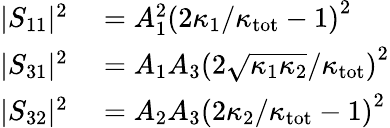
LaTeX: \begin{array}{rl}{\lvert S_{11}\rvert^{2}}&{{}=A_{1}^{2}\left(2\kappa_{1}/\kappa_{\mathrm{tot}}-1\right)^{2}}\\ {\lvert S_{31}\rvert^{2}}&{{}=A_{1}A_{3}\left(2\sqrt{\kappa_{1}\kappa_{2}}/\kappa_{\mathrm{tot}}\right)^{2}}\\ {\lvert S_{32}\rvert^{2}}&{{}=A_{2}A_{3}\left(2\kappa_{2}/\kappa_{\mathrm{tot}}-1\right)^{2}}\end{array}